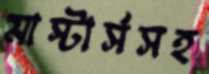
মাস্টার্সসহ